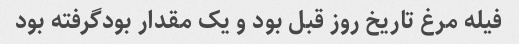
فیله مرغ تاریخ روز قبل بود و یک مقدار بودگرفته بود